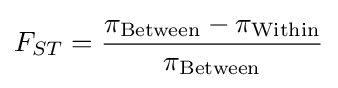
F_{ST}={\frac {\pi _{\text{Between}}-\pi _{\text{Within}}}{\pi _{\text{Between}}}}